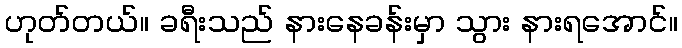
ဟုတ်တယ်။ ခရီးသည် နားနေခန်းမှာ သွား နားရအောင်။